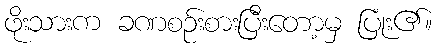
ဖိုးသားက ခဏစဉ်းစားပြီးတော့မှ ပြုံး၏။